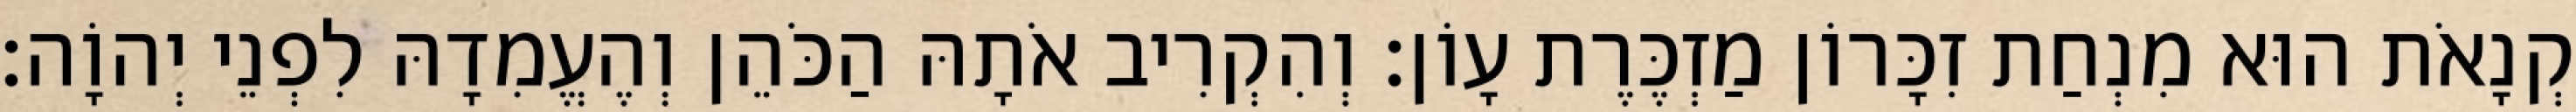
קְנָאֹת הוּא מִנְחַת זִכָּרוֹן מַזְכֶּרֶת עָוֹן׃ וְהִקְרִיב אֹתָהּ הַכֹּהֵן וְהֶעֱמִדָהּ לִפְנֵי יְהוָֹה׃